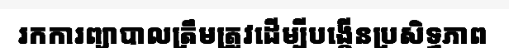
រកការព្យាបាលត្រឹមត្រូវដើម្បីបង្កើនប្រសិទ្ធភាព